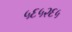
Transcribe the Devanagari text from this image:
५६५२६५